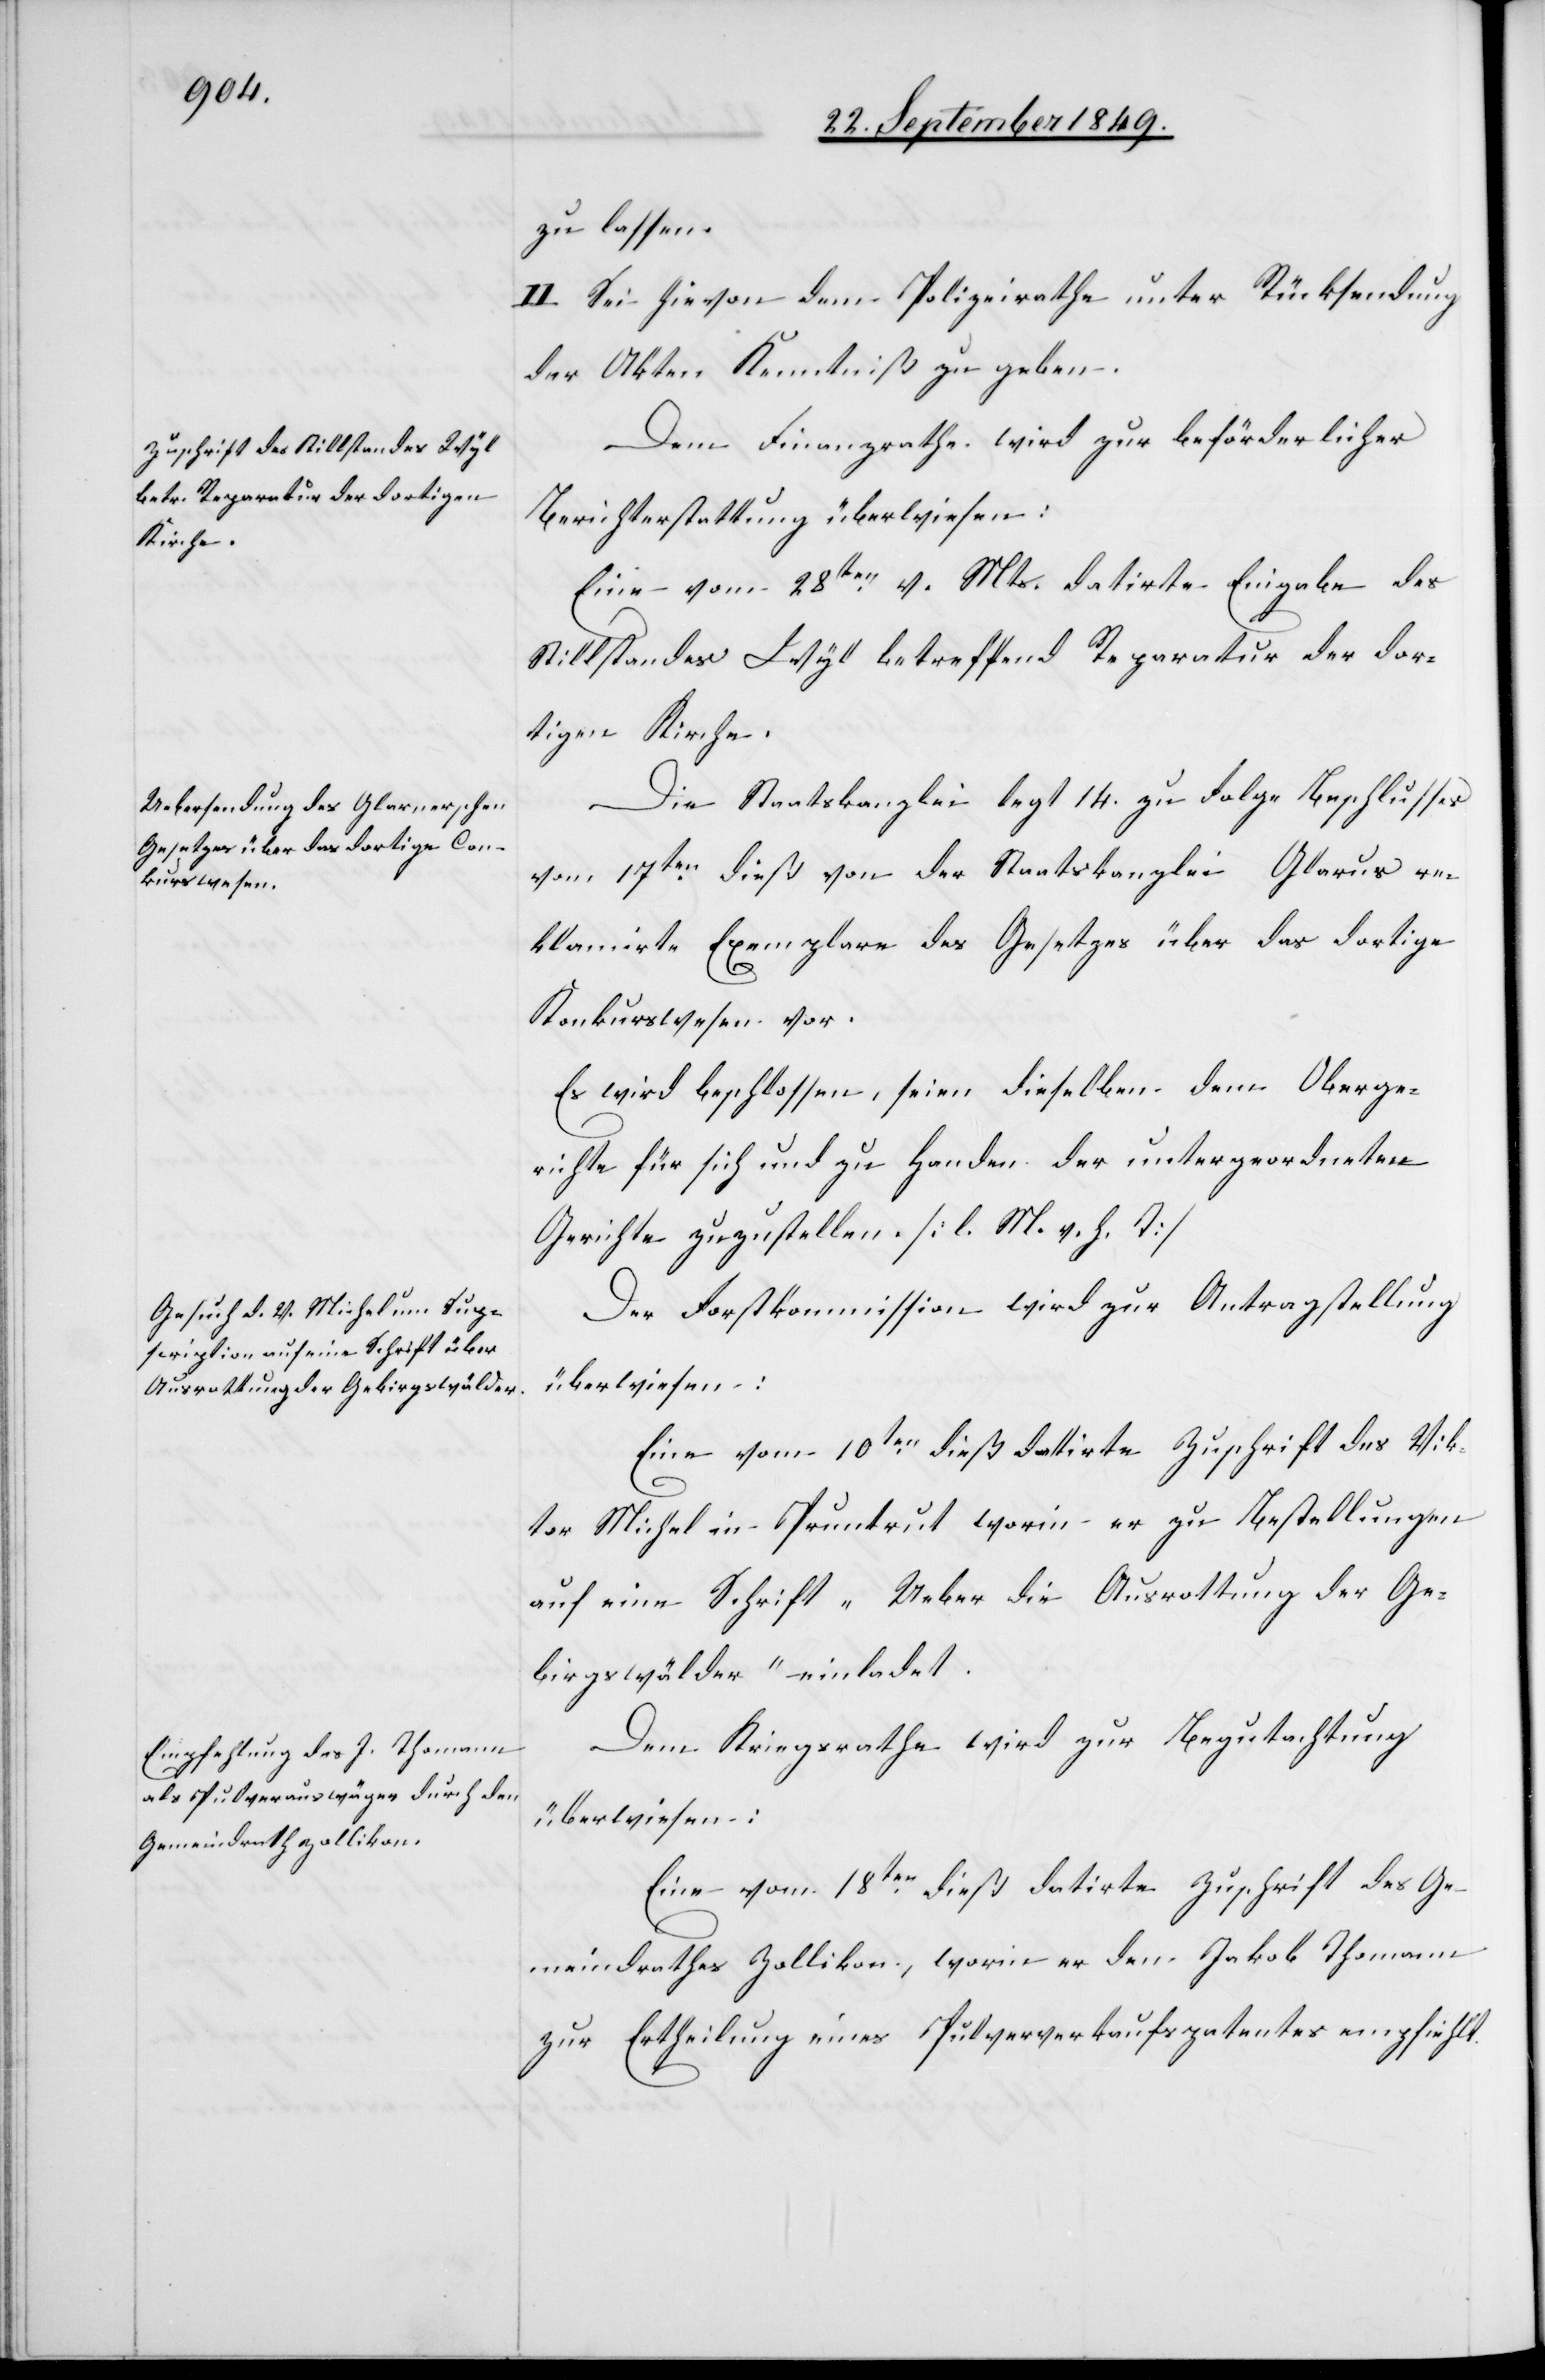
zu lassen.
II. Sei hievon dem Polizeirathe unter Rücksendung
der Akten Kenntniß zu geben.
Dem Finanzrathe wird zur beförderlicher
Berichterstattung überwiesen:
Eine vom 28ten v. Mts. datirte Eingabe des
Stillstandes Wyl betreffend Reparatur der dor¬
tigen Kirche.
Die Staatskanzlei legt 14. zu Folge Beschlusses
vom 17ten dieß von der Staatskanzlei Glarus re¬
klamirte Exemplare des Gesetzes über das dortige
Konkurswesen vor.
Es wird beschlossen, seien dieselben dem Oberge¬
richte für sich und zu Handen der untergeordneten
Gerichte zuzustellen. [l. M. h. T]
Der Forstkommission wird zur Antragstellung
überwiesen:
Eine vom 10ten dieß datirte Zuschrift des Vik¬
tor Michel in Pruntrut worin er zu Bestellungen
auf eine Schrift „Ueber die Ausrottung der Ge¬
birgswälder“ einladet.
Dem Kriegsrathe wird zur Begutachtung
überwiesen:
Eine vom 18ten dieß datirte Zuschrift des Ge¬
meindrathes Zollikon, worin er dem Jakob Thomann
zur Ertheilung eines Pulververkaufspatentes empfiehlt.